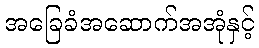
အခြေခံအဆောက်အအုံနှင့်